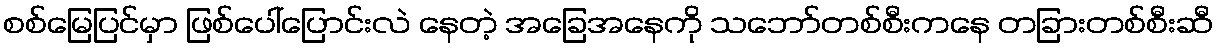
စစ်မြေပြင်မှာ ဖြစ်ပေါ်ပြောင်းလဲ နေတဲ့ အခြေအနေကို သဘော်တစ်စီးကနေ တခြားတစ်စီးဆီ